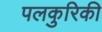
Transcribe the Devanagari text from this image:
पलकुरिकी